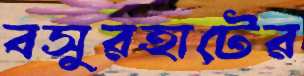
বসুরহাটের